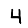
Digit: 4